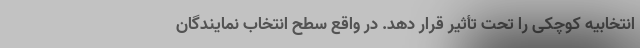
انتخابیه کوچکی را تحت تأثیر قرار دهد. در واقع سطح انتخاب نمایندگان